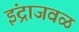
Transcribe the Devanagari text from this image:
इंद्राजवळ